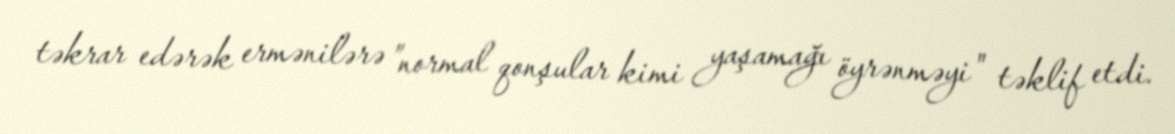
təkrar edərək ermənilərə ”normal qonşular kimi yaşamağı öyrənməyi" təklif etdi.